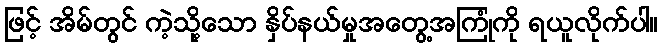
ဖြင့် အိမ်တွင် ကဲ့သို့သော နှိပ်နယ်မှုအတွေ့အကြုံကို ရယူလိုက်ပါ။